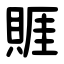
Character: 䝽